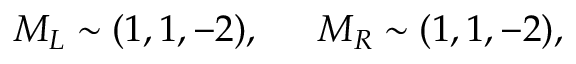
M _ { L } \sim ( 1 , 1 , - 2 ) , \, \, \, \, \, \, \, \, \, M _ { R } \sim ( 1 , 1 , - 2 ) ,